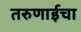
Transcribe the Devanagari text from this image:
तरुणाईचा